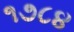
૧૭૮૪